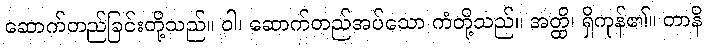
ဆောက်တည်ခြင်းတို့သည်။ ဝါ၊ ဆောက်တည်အပ်သော ကံတို့သည်။ အတ္ထိ၊ ရှိကုန်၏။ တာနိ